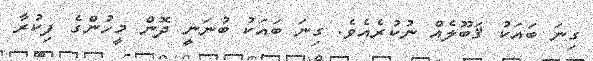
ގިނަ ބައަކު ޤަބޫލެއް ނުކުރެއެވެ. ގިނަ ބައަކު ބުނަނީ ދޮން މީހުންގެ ފިކުރާ